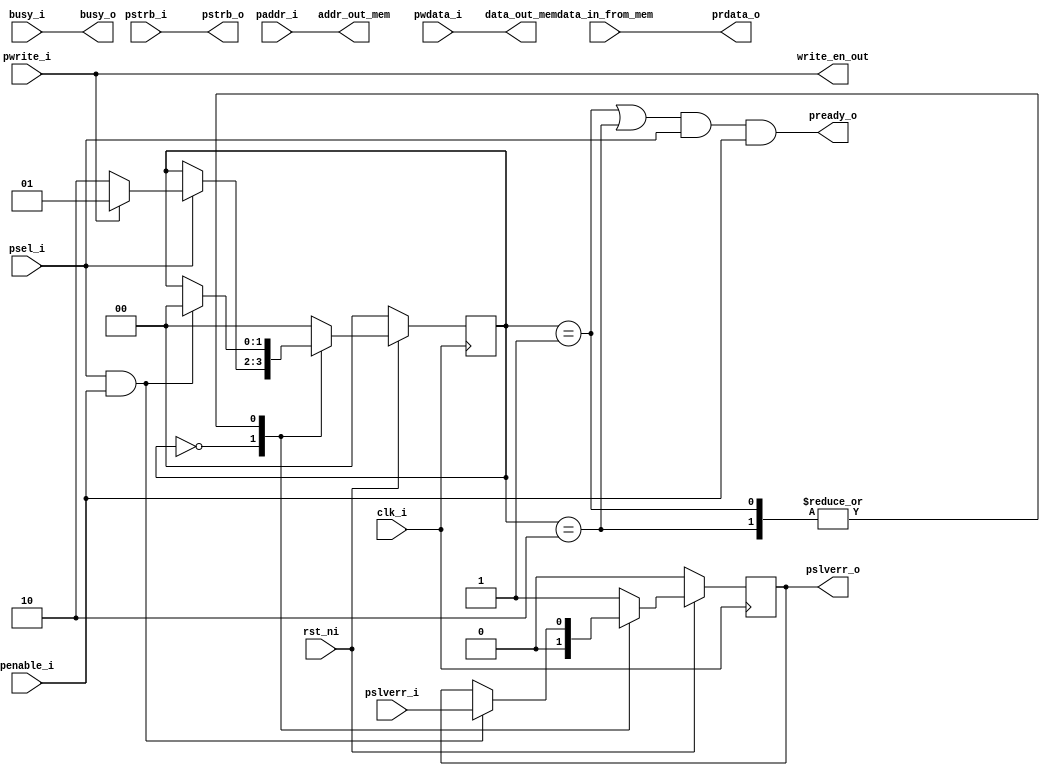
`resetall
`timescale 1ns/10ps


module apb_slave(clk_i,rst_ni,psel_i,penable_i,pwrite_i,pstrb_i,pwdata_i,paddr_i,pready_o ,pslverr_o,prdata_o,busy_o,
pslverr_i, busy_i,data_in_from_mem,data_out_mem,addr_out_mem,write_en_out, pstrb_o); // inputs and outputs

// global parameters definition
  parameter DATA_WIDTH = 8;// 8,16,32
  parameter BUS_WIDTH = 32;// 16,32,64
  parameter ADDR_WIDTH = 16;// 16,24,32
  parameter SP_NTARGETS = 2;// 1,2,4
  localparam MAX_DIM = BUS_WIDTH/DATA_WIDTH;// 2,4
  
 // local parameter definition 
  parameter idle_state = 2'b00;// default state until start
  parameter setup_write_state = 2'b01; // going to setup state when paddr_i, pwrite_i, psel and prdata_o/pwdata are in (pstrb_i is coming with pwdata).
  parameter setup_read_state = 2'b10;// going to access_state when penable are high.
  
  // inputs that are coming from master Mike
  // before disaster => obey your master
  input                         clk_i; // Clock signal for the design
  input                         rst_ni; // Reset signal, active low
  input                         psel_i; // APB select
  input							penable_i; // APB enable
  input                         pwrite_i; // APB write enable, when incative it's APB read enable
  input		   [MAX_DIM-1:0]	pstrb_i; // APB write strobe (   byte    select). must be incative for read transfer. corresponds to pwdata
  input        [BUS_WIDTH-1:0] pwdata_i; // APB write data
  input        [ADDR_WIDTH-1:0] paddr_i; // APB address
  output wire                    pready_o; // APB slave ready
  output reg   					pslverr_o; // APB slave error, both on read and write. only valid during the last cycle of a transfer. meaning, when psel, penable and pready are high.
  output wire   [BUS_WIDTH-1:0]  prdata_o; // APB read data
  output wire					busy_o; // Busy signal, indicating the design cannot be written to. coming from Register File.
  
  // inputs and outputs from and to the design
  input 						pslverr_i; // plsverr input from Register File
  //input                         wait_i; // signal for wait states. (maybe unnesecery)
  input                         busy_i; // from the design
  input   [BUS_WIDTH-1:0]       data_in_from_mem; // APB read data from Register File
  output wire   [BUS_WIDTH-1:0]  data_out_mem; // APB write data to memory (in RF module)
  output wire   [ADDR_WIDTH-1:0] addr_out_mem; // indicates which address to write to in memory (in RF module)
  output wire                    write_en_out;// indicates write/read enable to memory
  output wire    [MAX_DIM-1:0]   pstrb_o;// indicates write/read enable to memory
// local temporary regs
  reg [1:0] current_state;// indicates the current state which we are in FSM
// assign output values
assign pready_o = (current_state == setup_write_state || current_state == setup_read_state) && psel_i && penable_i;
assign write_en_out = pwrite_i;
assign addr_out_mem = paddr_i;
assign data_out_mem = pwdata_i;
assign prdata_o = data_in_from_mem;
assign pstrb_o = pstrb_i;
assign busy_o = busy_i;


always @(posedge clk_i) 
begin: apbing
  if (~rst_ni) // negedge reset
  begin // start if
    current_state <= idle_state;// on reset, returning to default state
	  pslverr_o <= 0; // reset error signal
	end // end reset

  else// if not reset
  begin// start else
  	//busy_o <= busy_i; // sending to master busy signal from the design
    case (current_state)// FSM declaration
		idle_state : begin
			pslverr_o <= 0;
			if (psel_i)// when psel is high, transfer incoming, go to setup state 
			begin // start if
				current_state <= (pwrite_i) ? setup_write_state : setup_read_state;// next state definition
			end // end if
		end
		setup_write_state : begin  // idle state is default state and is defined at the end
			// next state definition
			if (psel_i && penable_i) // if psel and penable are high => going to access state
			begin // start if
				pslverr_o <= pslverr_i;// transfer error signal from the design if address is incorrect or design is busy
				current_state <= idle_state; // next state definition
			end// end if
		end

		setup_read_state : begin  // idle state is default state and is defined at the end
			// next state definition
			if (psel_i && penable_i) // if psel and penable are high => going to access state
			begin // start if
				pslverr_o <= pslverr_i; // transfer error signal from the design if address is incorrect or design is busy
				current_state <= idle_state; // next state definition
			end// end else
		end// end state

	default: begin // defined as idle_state for design checker purposes
			current_state <= idle_state;
			pslverr_o <= 1'b1;
        end	// end default (idle) state	
    endcase // end cases
  end // end else
end // end always
endmodule // end APB_SLAVE module